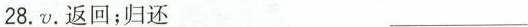
28.v. 返回；归还 ___